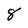
Character: 8